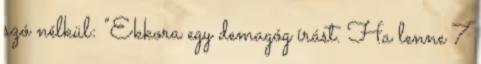
szó nélkül: "Ekkora egy demagóg írást. Ha lenne 7